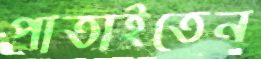
পাতাইতেন